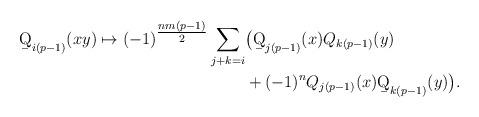
LaTeX: \begin{align*}\b Q_{i(p-1)}(xy)\mapsto (-1)^{\tfrac{nm(p-1)}{2}} \sum_{j+k=i}&\big(\b Q_{j(p-1)}(x) Q_{k(p-1)}(y)\\ &+(-1)^nQ_{j(p-1)}(x) \b Q_{k(p-1)}(y)\big).\end{align*}